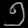
Digit: ၅